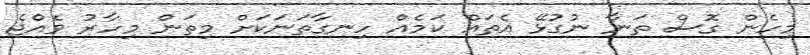
މިހެން ގޮސް ތަނާ ނުގުޅޭ އެތައް ކަމެއް ހިނގާތަނަކަށް މިތަން މިހާރު ވެއްޖެ